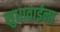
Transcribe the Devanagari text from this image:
सुधाताईना